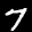
Label: 7